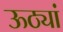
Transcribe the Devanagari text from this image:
ऊठ्यां